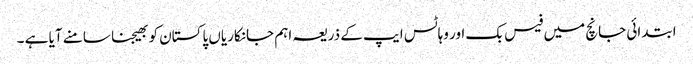
ابتدائی جانچ میں فیس بک اور وہاٹس ایپ کے ذریعہ اہم جانکاریاں پاکستان کو بھیجنا سامنے آیا ہے ۔